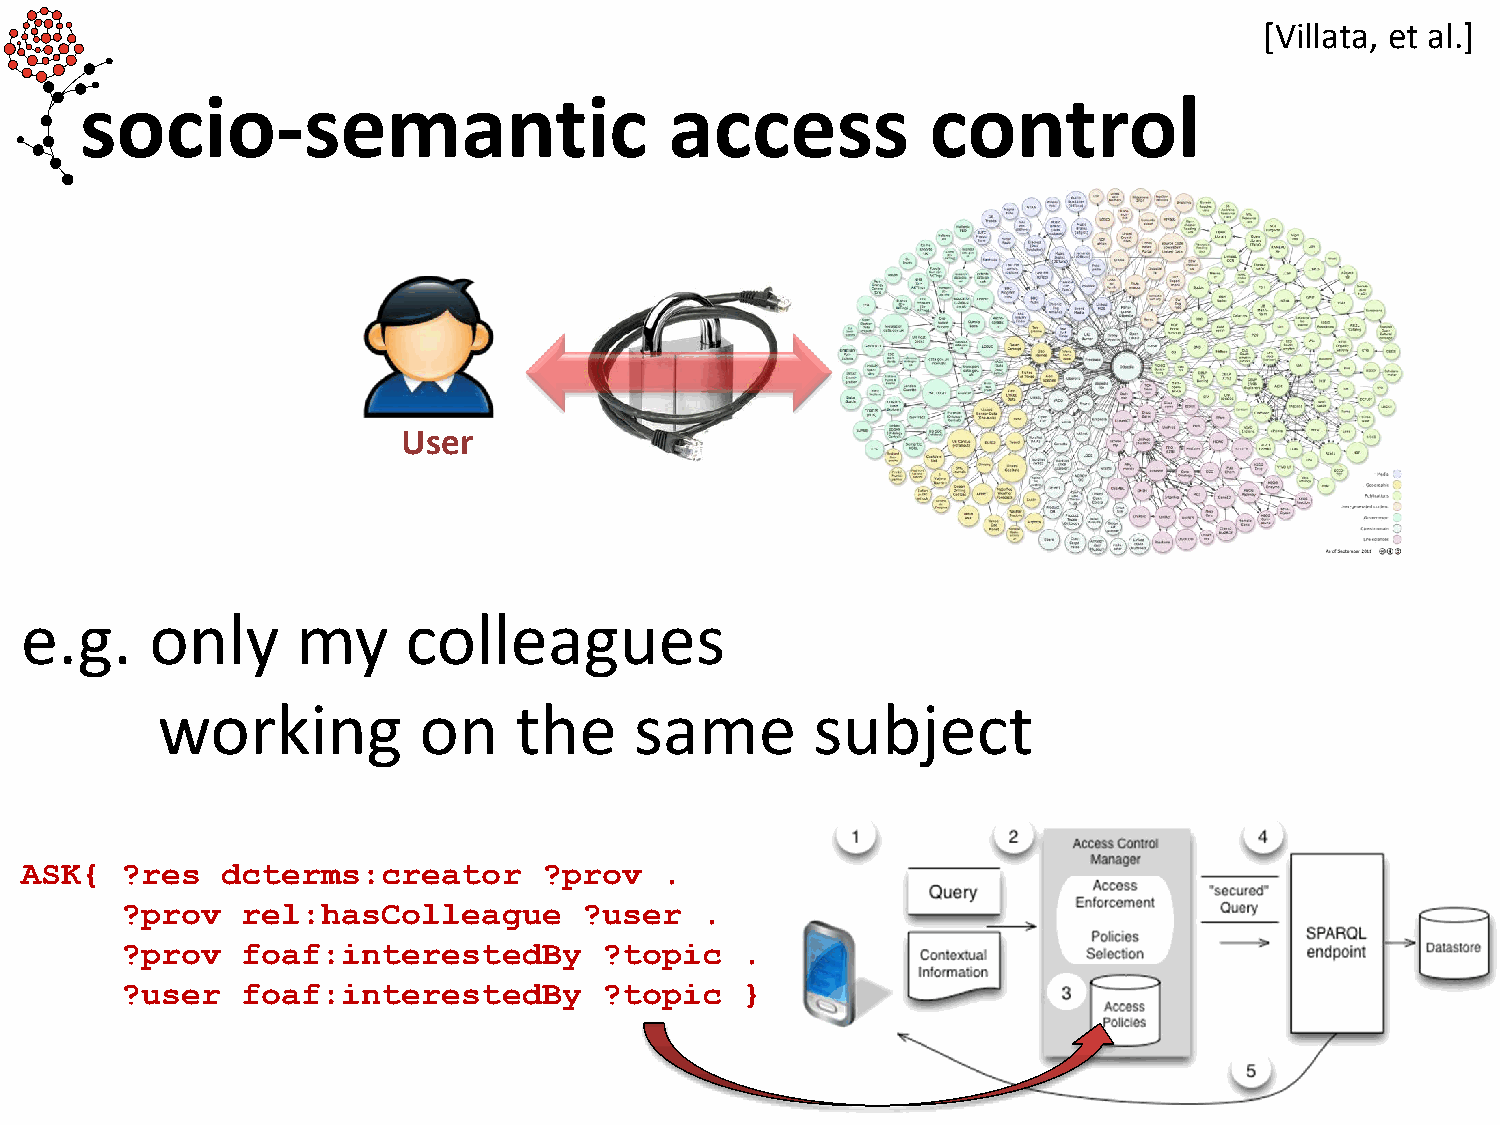
[Villata, et al.]
 socio-semantic                         access            control
 User
 e.g.     only      my     colleagues
 working           on    the     same        subject
 ASK{   ?res   dcterms:creator      ?prov   .
 ?prov   rel:hasColleague       ?user  .
 ?prov   foaf:interestedBy       ?topic   .
 ?user   foaf:interestedBy       ?topic   }